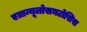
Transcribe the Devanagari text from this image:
एग्रान्यूलोसयटोसिस